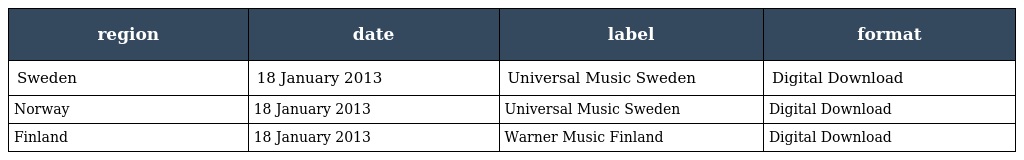
| region | date | label | format |
 | --- | --- | --- | --- |
 | Sweden | 18 January 2013 | Universal Music Sweden | Digital Download |
 | Norway | 18 January 2013 | Universal Music Sweden | Digital Download |
 | Finland | 18 January 2013 | Warner Music Finland | Digital Download |